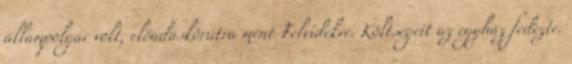
állampolgár volt, előadáskörútra ment Felvidékre. Költségeit az egyház fedezte.